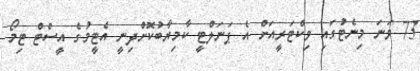
73 ވަނަ މިނެޓުގައި ވިކްޓަރީއަށް އެ ޕަނަލްޓީ ކާމިޔާބުކޮށްދިނީ އެޓީމުގެ އީސްޓް ޓިމޯ